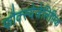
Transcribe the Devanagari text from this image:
फौक्स्येजेलिप्तिक